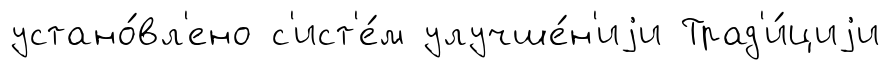
устано́вл'ено с'ист'е́м улучше́н'иjи Трад'и́циjи